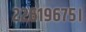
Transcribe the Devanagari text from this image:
२२६१९६७५।